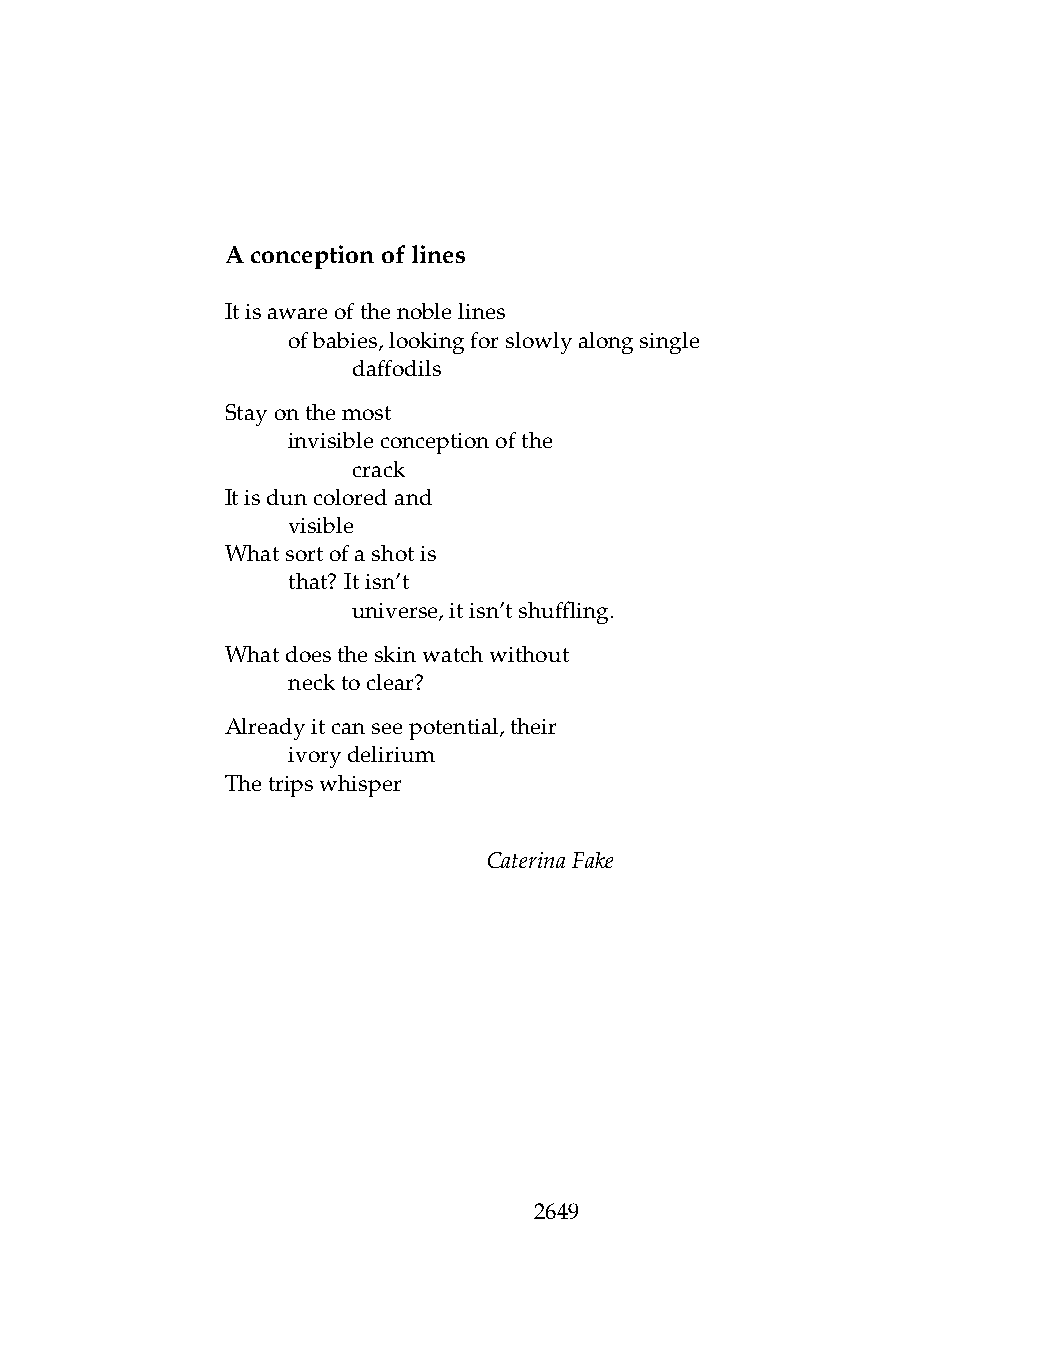
Aconceptionoflines
 Itisawareofthenoblelines
 .   ofbabies,lookingforslowlyalongsingle
 .   .   daffodils
 Stayonthemost
 .   invisibleconceptionofthe
 .   .   crack
 Itisduncoloredand
 .   visible
 Whatsortofashotis
 .   that? Itisn’t
 .   .   universe,itisn’tshuffling.
 Whatdoestheskinwatchwithout
 .   necktoclear?
 Alreadyitcanseepotential,their
 .   ivorydelirium
 Thetripswhisper
 CaterinaFake
 2649